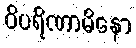
ဝိပရိဏာမိနော